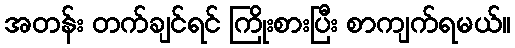
အတန်း တက်ချင်ရင် ကြိုးစားပြီး စာကျက်ရမယ်။